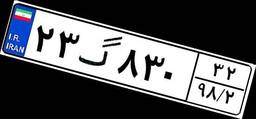
۲۳گ۸۳۰۳۲